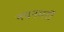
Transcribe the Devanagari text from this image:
नयनमरों